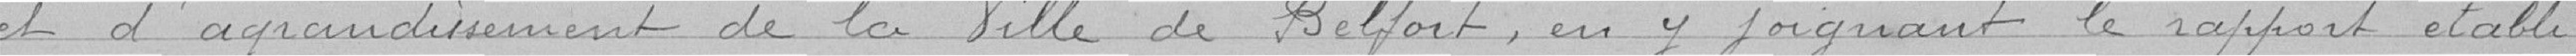
et d'agrandissement  de la Ville de Belfort en y joignant le rapport établi